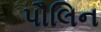
પૌલિન